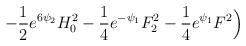
LaTeX: \begin{align*}- \frac{1}{2} e^{6 \psi_2 } H_0^2 - \frac{1}{4} e^{-\psi_1} F_2^2 - \frac{1}{4} e^{\psi_1} F^2 \Big)\end{align*}